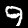
Label: 9